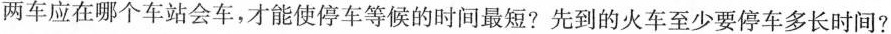
两车应在哪个车站会车，才能使停车等候的时间最短?先到的火车至少要停车多长时间?